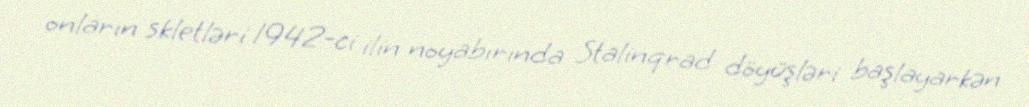
onların skletləri 1942-ci ilin noyabırında Stalinqrad döyüşləri başlayarkən